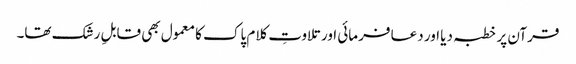
قرآن پر خطبہ دیا اور دعا فرمائی اور تلاوتِ کلام پاک کا معمول بھی قابلِ رشک تھا۔